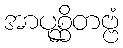
အာပုစ္ဆိတဗ္ဗံ